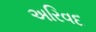
અરિવદ